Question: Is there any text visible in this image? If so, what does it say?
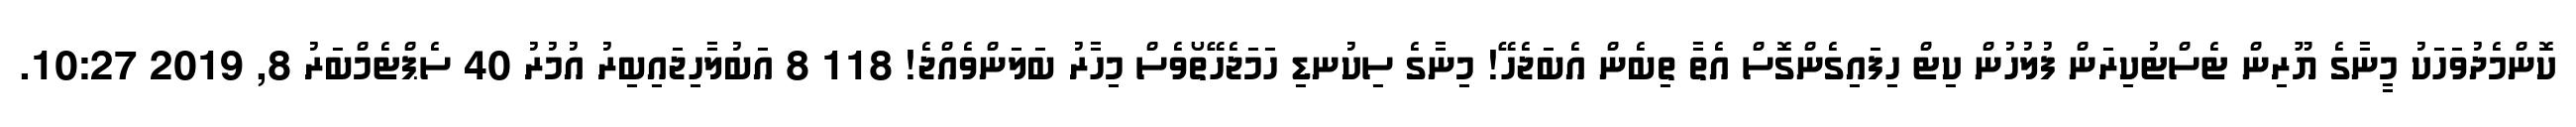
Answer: ކޮންމެދުވަހަކު މީނާގެ ޔޫރިން ޓެސްޓުކިރަން ފުލުހުން ކިޓް ހިފައިގެންގޮސް އެތާ ތިބެން އެބަޖެހޭ! މިނާގެ ސިކުނޑި ހަމަޖެހޭތޯވެސް މިހާރު ބަލަންވެއްޖެ! 118 8 އަބުލާހިޖައިބިރު އުމުރު 40 ސެޕްޓެމްބަރު 8, 2019 10:27.